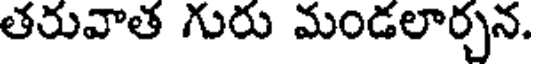
తరువాత గురు మండలార్చన.